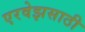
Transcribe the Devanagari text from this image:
एरवेझसाठी